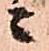
ニ